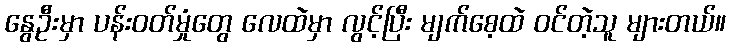
နွေဦးမှာ ပန်းဝတ်မှုံတွေ လေထဲမှာ လွင့်ပြီး မျက်စေ့ထဲ ဝင်တဲ့သူ များတယ်။